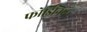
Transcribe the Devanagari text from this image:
फोर्ड्रिनियर